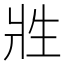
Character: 𰠑